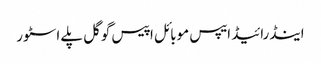
اینڈرائیڈ ایپس موبائل اپیس گوگل پلے اسٹور